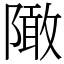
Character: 䧩